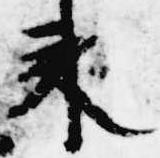
来